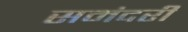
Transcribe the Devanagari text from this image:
समंदरी